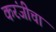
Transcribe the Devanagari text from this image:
करंजीचा